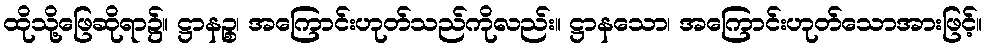
ထိုသို့ဖြေဆိုရာ၌။ ဋ္ဌာနဉ္စ၊ အကြောင်းဟုတ်သည်ကိုလည်း။ ဋ္ဌာနသော၊ အကြောင်းဟုတ်သောအားဖြင့်။